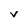
Character: V